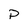
Character: P